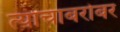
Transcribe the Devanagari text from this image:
त्यांचाबरोबर